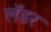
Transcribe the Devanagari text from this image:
लॅडर